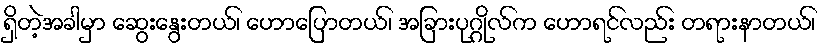
ရှိတဲ့အခါမှာ ဆွေးနွေးတယ်၊ ဟောပြောတယ်၊ အခြားပုဂ္ဂိုလ်က ဟောရင်လည်း တရားနာတယ်၊